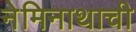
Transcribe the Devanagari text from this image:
नेमिनाथाची